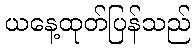
ယနေ့ထုတ်ပြန်သည်